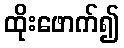
ထိုးဖောက်၍